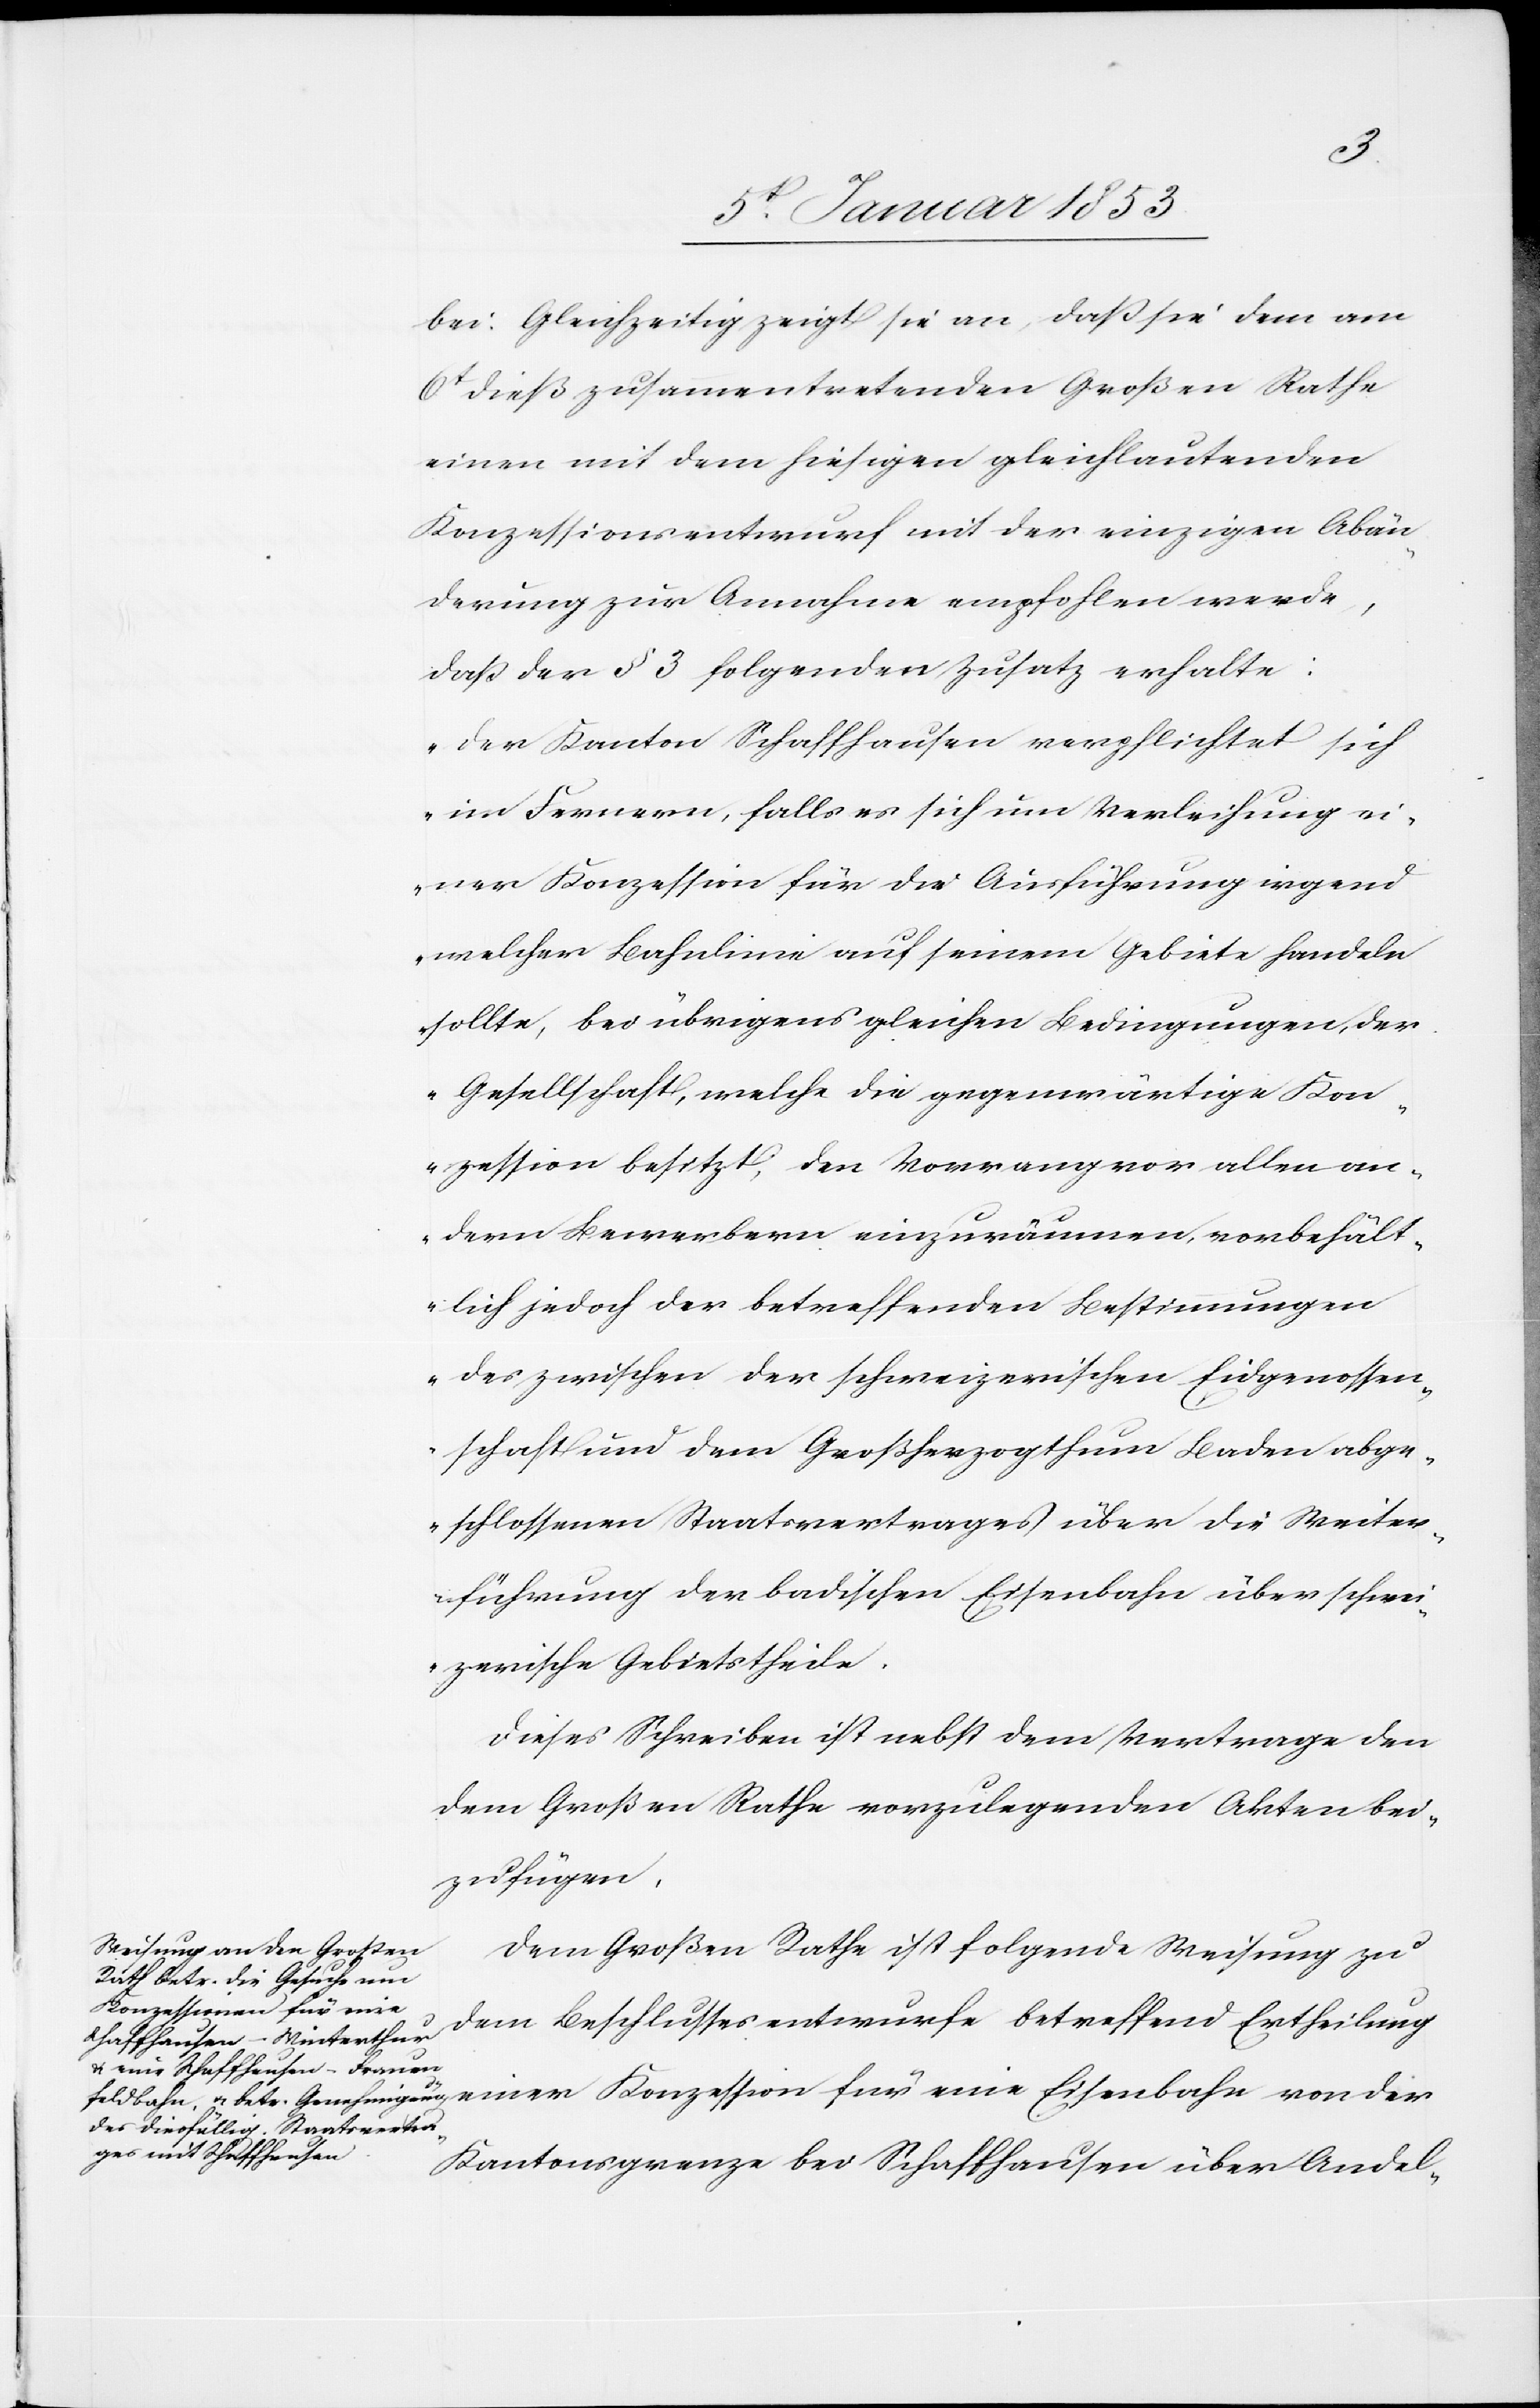
bei. Gleichzeitig zeigt sie an, daß sie dem am
6t. dieß zusammentretenden Großen Rathe
einen mit dem hiesigen gleichlautenden
Konzessionsentwurf mit der einzigen Abän¬
derung zur Annahme empfohlen werde,
daß der §. 3 folgenden Zusatz erhalte:
„Der Kanton Schaffhausen verpflichtet sich
im Fernern, falls es sich um Verleihung ei¬
ner Konzession für die Ausführung irgend¬
welcher Bahnlinie auf seinem Gebiete handeln
sollte, bei übrigens gleichen Bedingungen, der
Gesellschaft, welche die gegenwärtige Kon¬
zession besitzt, den Vorrang vor allen an¬
dern Bewerbern einzuräumen, vorbehält¬
lich jedoch der betreffenden Bestimmungen
der zwischen der schweizerischen Eidgenossen¬
schaft und dem Grossherzogthum Baden abge¬
schlossenen Staatsvertragen [sic!] über die Weiter¬
führung der badischen Eisenbahn über schwei¬
zerische Gebietstheile.“
Dieses Schreiben ist nebst dem Vertrage d¬
em Großen Rathe vorzulegenden Akten bei¬
zufügen.
Dem Großen Rathe ist folgende Weisung zu
Konzession für eine
dem Beschlussesentwurfe betreffend Ertheilung
Kantonsgrenze bei Schaffhausen über Andel-